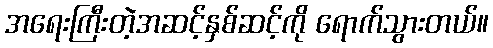
အရေးကြီးတဲ့အဆင့်နှစ်ဆင့်ကို ရောက်သွားတယ်။